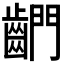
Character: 𪘶